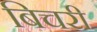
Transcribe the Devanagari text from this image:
बिचरी